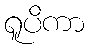
ရူပိကာ